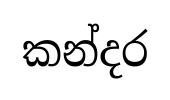
කන්දර